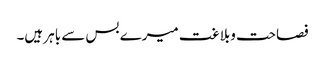
فصاحت وبلاغت میرے بس سے باہر ہیں۔